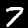
Digit: 7